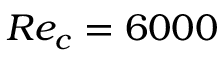
R e _ { c } = 6 0 0 0